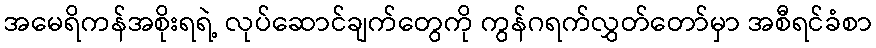
အမေရိကန်အစိုးရရဲ့ လုပ်ဆောင်ချက်တွေကို ကွန်ဂရက်လွှတ်တော်မှာ အစီရင်ခံစာ